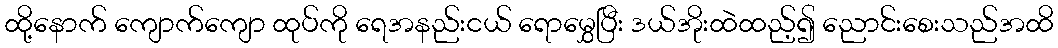
ထို့နောက် ကျောက်ကျော ထုပ်ကို ရေအနည်းငယ် ရောမွှေပြီး ဒယ်အိုးထဲထည့်၍ ညောင်းစေးသည်အထိ